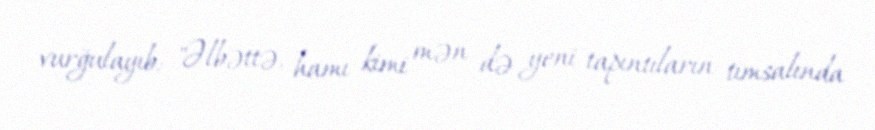
vurğulayıb: "Əlbəttə, hamı kimi mən də yeni tapıntıların timsalında